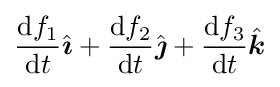
{\frac {\mathrm {d} f_{1}}{\mathrm {d} t}}{\hat {\boldsymbol {\imath }}}+{\frac {\mathrm {d} f_{2}}{\mathrm {d} t}}{\hat {\boldsymbol {\jmath }}}+{\frac {\mathrm {d} f_{3}}{\mathrm {d} t}}{\hat {\boldsymbol {k}}}